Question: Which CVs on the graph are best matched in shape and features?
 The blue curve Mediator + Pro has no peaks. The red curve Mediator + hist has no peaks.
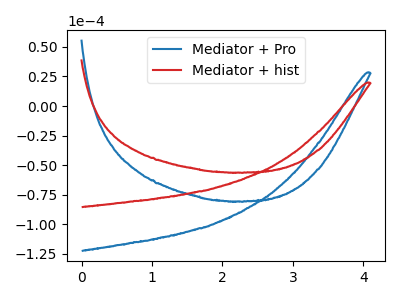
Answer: <think>Neither "Mediator + Pro" or "Mediator + hist" have any peaks.
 </think>
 <answer>"Mediator + hist" and "Mediator + Pro" have the same shape and are likely CV's of the same chemical.</answer>
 <eval>"Mediator + hist" "Mediator + Pro"</eval>